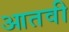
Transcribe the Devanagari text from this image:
आतवी